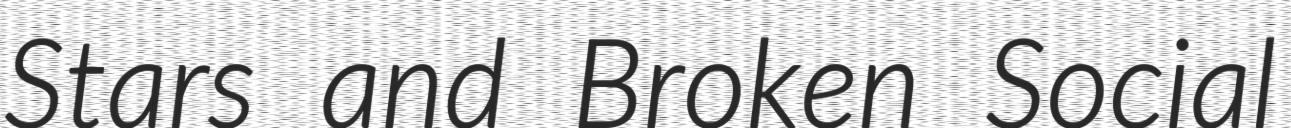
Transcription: Stars and Broken Social